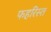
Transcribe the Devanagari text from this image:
फहरिस्त